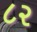
૮૨